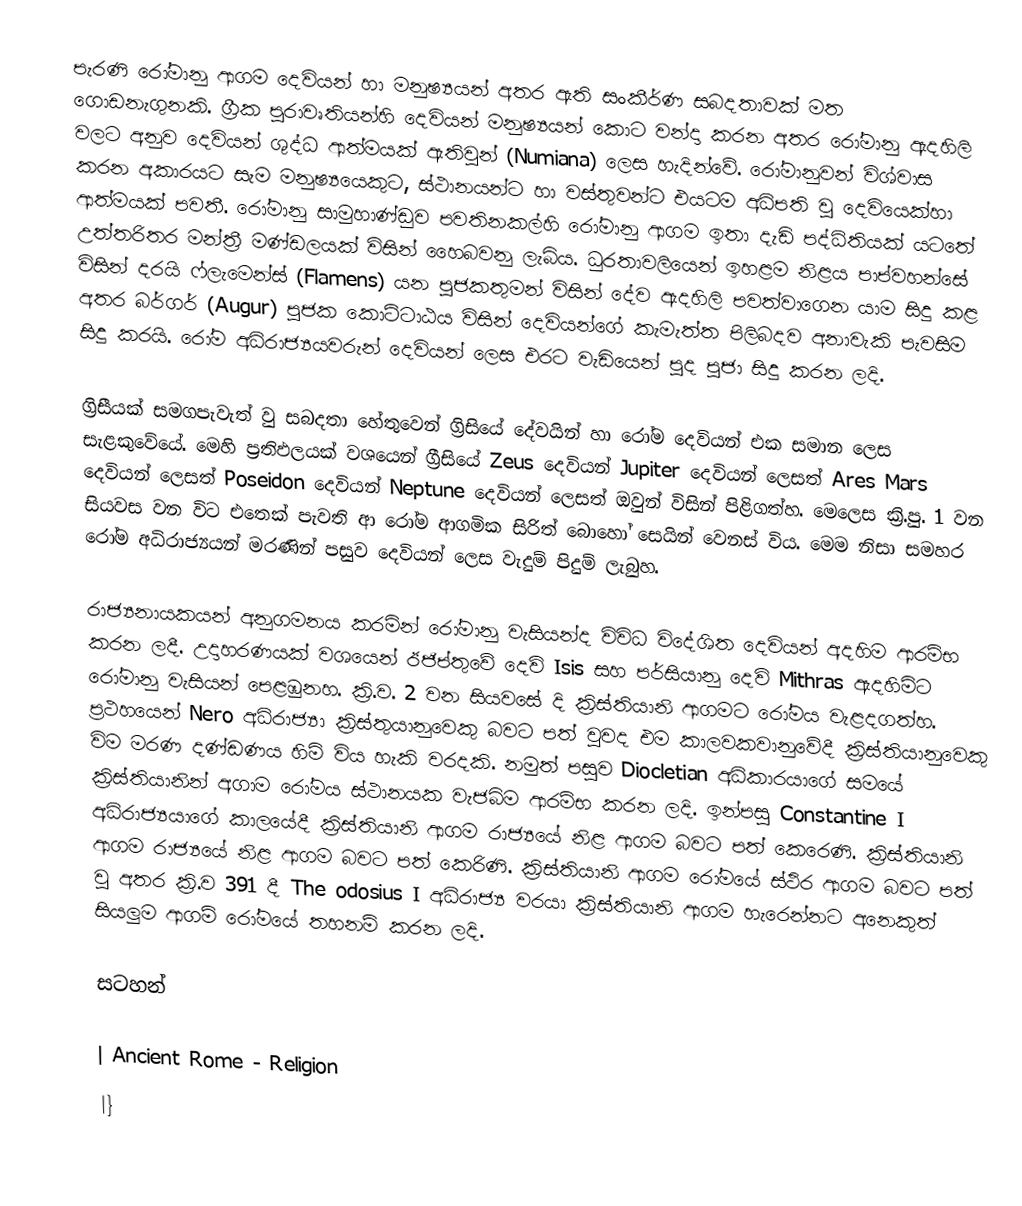
පැරණි රෝමානු ආගම දෙවියන් හා මනුෂ්‍යයන් අතර ඇති සංකීර්ණ සබදතාවක් මත ගොඩනැගුනකි. ග්‍රීක පුරාවෘතියන්හි දෙවියන් මනුෂ්‍යයන් කොට වන්දා කරන අතර රෝමානු ඇදහිලි වලට අනුව දෙවියන් ශුද්ධ ආත්මයක් ඇතිවුන් (Numiana) ලෙස හැදින්වේ. රෝමානුවන් විශ්වාස කරන අකාරයට සැම මනුෂ්‍යයෙකුට, ස්ථානයන්ට හා වස්තුවන්ට එයටම අධිපති වු දෙවියෙක්හා ආත්මයක් පවතී. රෝමානු සාමුහාණ්ඩුව පවතිනකල්හි රෝමානු ආගම ඉතා දැඩි පද්ධිතියක් යටතේ උත්තරිතර මන්ත්‍රී මණ්ඩලයක් විසින් හෛබවනු ලැබිය. ධුරතාවලියෙන් ඉහළම නිළය පාප්වහන්සේ විසින් දරයි ෆ්ලැමෙන්ස් (Flamens) යන පුජකතුමන් විසින් දේව ඇදහිලි පවත්වාගෙන යාම සිදු කළ අතර බර්ගර් (Augur) පුජක කොට්ටාඨය විසින් දෙවියන්ගේ කැමැත්ත පිලිබදව අනාවැකි පැවසිම සිදු කරයි. රෝම අධිරාජ්‍යයවරුන් දෙවියන් ලෙස එරට වැඩියෙන් පුද පුජා සිදු කරන ලදි.

ග්‍රිසීයක් සමගපැවැත් වු සබදතා හේතුවෙන් ග්‍රිසියේ දේවයින් හා රෝම දෙවියන් එක සමාන ලෙස සැළකුවේයේ. මෙහි ප්‍රතිඵලයක් වශයෙන් ග්‍රීසියේ Zeus දෙවියන් Jupiter දෙවියන් ලෙසත් Ares Mars දෙවියන් ලෙසත්  Poseidon දෙවියන් Neptune  දෙවියන් ලෙසත් ඔවුන් විසින් පිළිගත්හ. මෙලෙස ක්‍රි.පු. 1 වන සියවස වන විට එතෙක් පැවති ආ රෝම ආගමික සිරිත් බොහෝ සෙයින් වෙනස් විය. මෙම නිසා සමහර රෝම අධිරාජ්‍යයන් මරණින් පසුව දෙවියන් ලෙස වැදුම් පිදුම් ලැබුහ.

රාජ්‍යනායකයන් අනුගමනය කරමින් රෝමානු වැසියන්ද විවිධ විදේශිත දෙවියන් අදහිම ආරම්භ කරන ලදී. උදාහරණයක් වශයෙන් ඊජිප්තුවේ දෙවි Isis සහ පර්සියානු දෙවි  Mithras ඇදහිමිට රෝමානු වැසියන් පෙළඹුනහ. ක්‍රි.ව. 2 වන සියවසේ දි  ක්‍රිස්තියානි ආගමට රෝමය වැළදගත්හ. ප්‍රථහයෙන් Nero අධිරාජ්‍යා ක්‍රිස්තුයානුවෙකු බවට පත් වුවද එම කාලවකවානුවේදී ක්‍රිස්තියානුවෙකු විම මරණ දණ්ඩණය හිමි විය හැකි වරදකි. නමුත් පසුව Diocletian අධිකාරයාගේ සමයේ ක්‍රිස්තියානින් අගාම රෝමය ස්ථානයක වැජබිම ආරම්භ කරන ලදි. ඉන්පසු  Constantine I අධිරාජ්‍යයාගේ කාලයේදී ක්‍රිස්තියානි ආගම රාජ්‍යයේ නිළ ආගම බවට පත් කෙරෙණි. ක්‍රිස්තියානි ආගම රාජ්‍යයේ නිළ ආගම බවට පත් කෙරිණි. ක්‍රිස්තියානි ආගම රෝමයේ ස්ථිර ආගම බවට පත් වු අතර ක්‍රි.ව 391 දී  The odosius I  අධිරාජ්‍ය වරයා ක්‍රිස්තියානි ආගම හැරෙන්නට අනෙකුත් සියලුම ආගම් රෝමයේ තහනම් කරන ලදි.

සටහන්

| Ancient Rome - Religion
|}